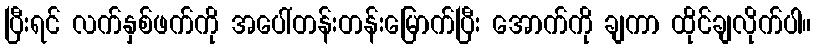
ပြီးရင် လက်နှစ်ဖက်ကို အပေါ်တန်းတန်းမြောက်ပြီး အောက်ကို ချကာ ထိုင်ချလိုက်ပါ။